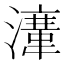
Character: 𱩚